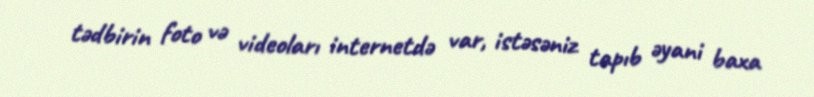
tədbirin foto və videoları internetdə var, istəsəniz tapıb əyani baxa